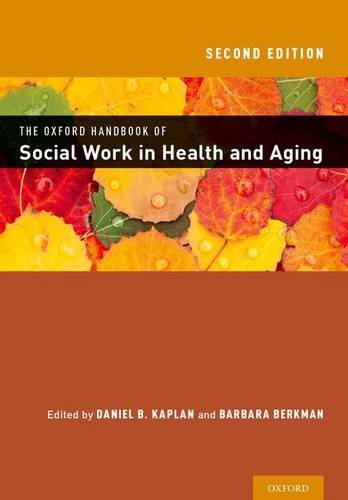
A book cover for THE OXFORD HANDBOOK OF SOCIAL WORK IN HEALTH AND AGING; Medical Books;